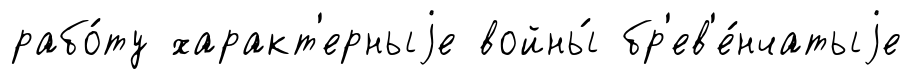
рабо́ту характ'ерныjе войны́ бр'ев'е́нчатыjе